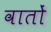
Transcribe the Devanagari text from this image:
वातों